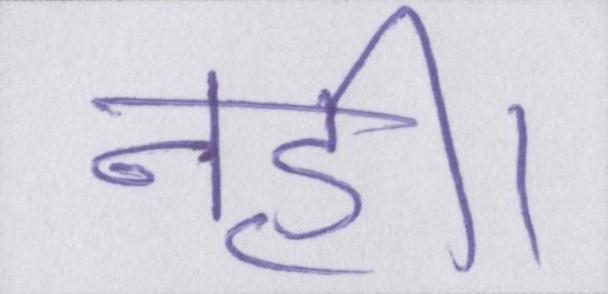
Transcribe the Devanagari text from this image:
नही।